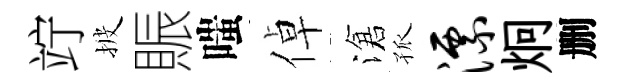
竚披賑嗤倬滄孤漂炯删